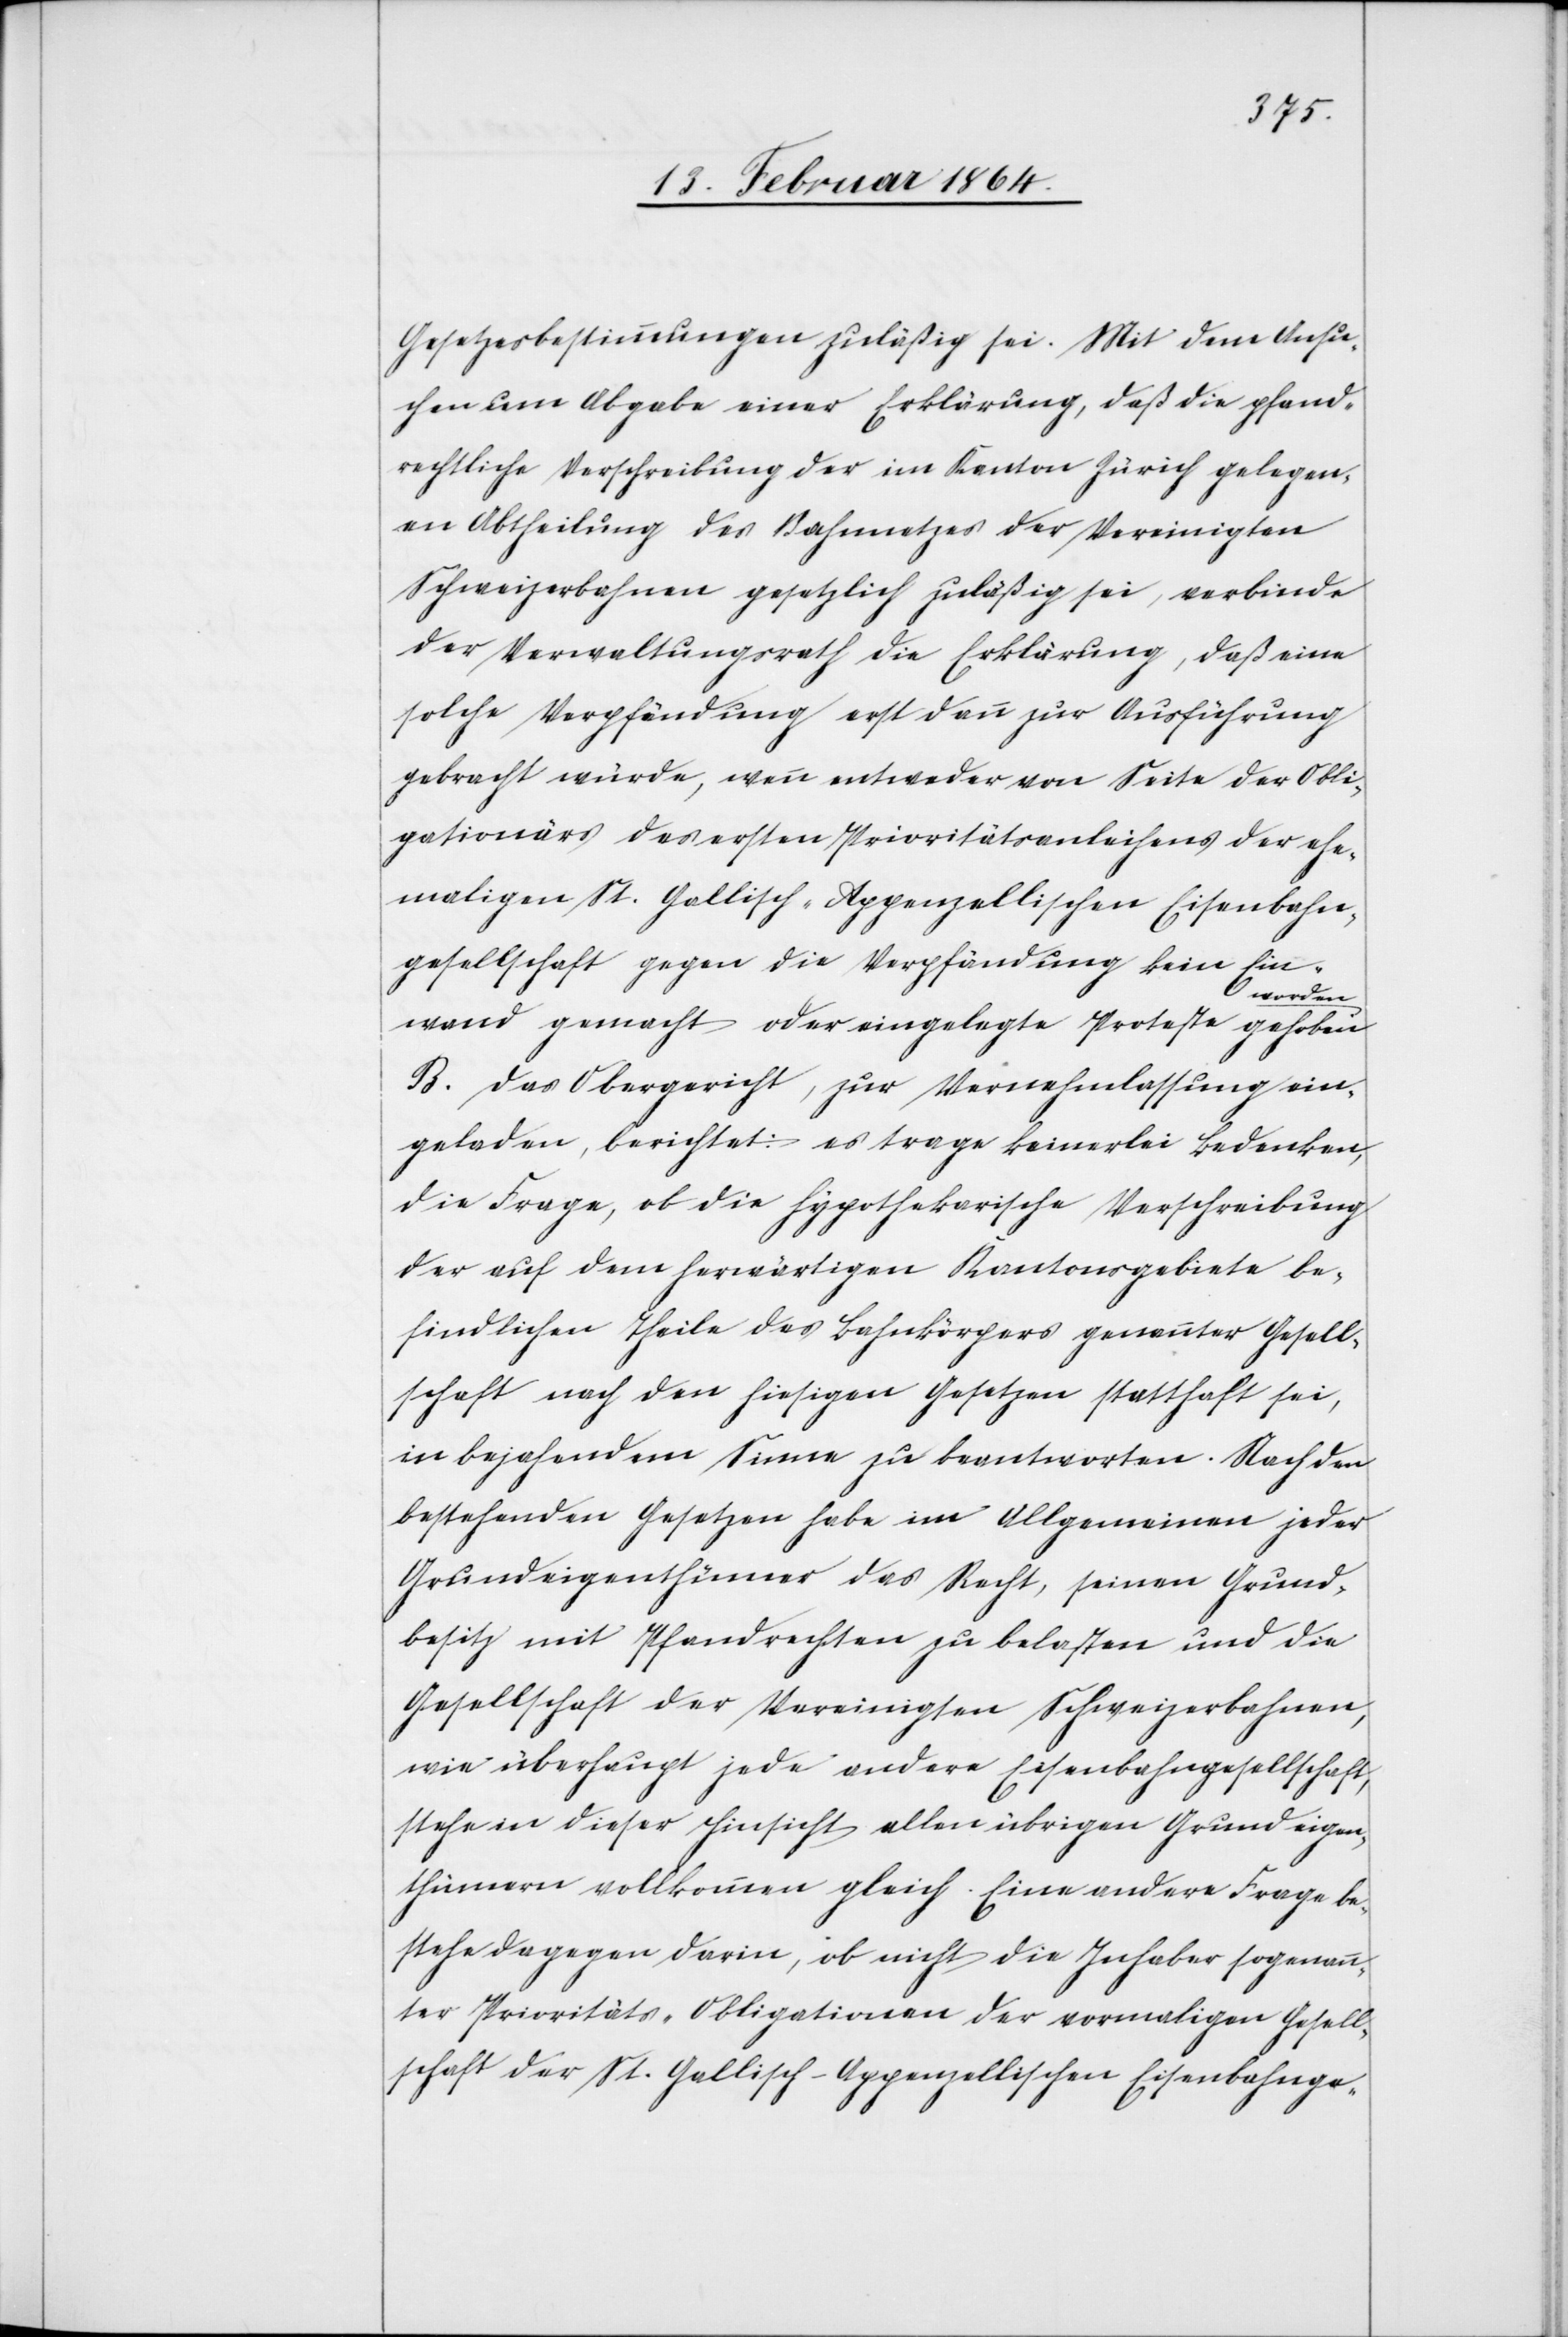
Gesetzesbestimmungen zuläßig sei. Mit dem Ansu¬
chen um Abgabe einer Erklärung, daß die pfand¬
rechtliche Verschreibung der im Kanton Zürich gelegen¬
en Abtheilung des Bahnnetzes der Vereinigten
Schweizerbahnen gesetzlich zuläßig sei, verbinde
der Verwaltungsrath die Erklärung, daß eine
solche Verpfändung erst dann zur Ausführung
gebracht würde, wenn entweder von Seite der Obli¬
gationäre des ersten Prioritätsanleihens der ehe¬
maligen St. Gallisch-Appenzellischen Eisenbahn¬
gesellschaft gegen die Verpfändung kein Ein¬
werden.
wand gemacht oder eingelegte Proteste gehoben
B. Das Obergericht, zur Vernehmlassung ein¬
geladen, berichtet: es trage keinerlei Bedenken,
die Frage, ob die hypothekarische Verschreibung
der auf dem herwärtigen Kantonsgebiete be¬
findlichen Theile des Bahnkörpers genannter Gesell¬
schaft nach den hiesigen Gesetzen statthaft sei,
in bejahendem Sinne zu beantworten. Nach den
betreffenden Gesetzen habe im Allgemeinen jeder
Grundeigenthümer das Recht, seinen Grund¬
besitz mit Pfandrechten zu belasten und die
Gesellschaft der Vereinigten Schweizerbahnen,
wie überhaupt jede andere Eisenbahngesellschaft,
stehe in dieser Hinsicht allen übrigen Grundeigen¬
thümern vollkommen gleich. Eine andere Frage be¬
stehe dagegen darin, ob nicht die Inhaber sogenann¬
ter Prioritäts-Obligationen der vormaligen Gesell¬
schaft der St. Gallisch-Appenzellischen Eisenbahnge-